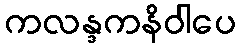
ကလန္ဒကနိဝါပေ